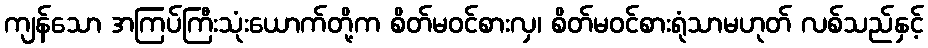
ကျန်သော အကြပ်ကြီးသုံးယောက်တို့က စိတ်မဝင်စားလှ၊ စိတ်မဝင်စားရုံသာမဟုတ် လစ်သည်နှင့်